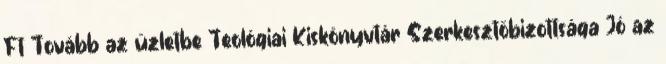
Ft Tovább az üzletbe Teológiai Kiskönyvtár Szerkesztőbizottsága Jó az